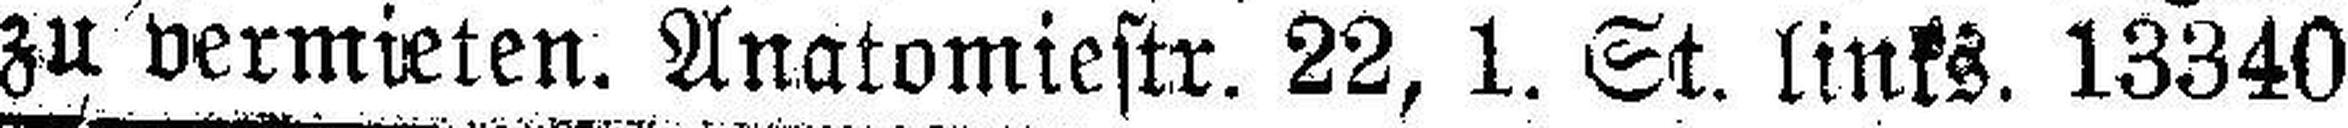
zu vermieten. Anatomiestr. 22, 1. St. links. 13340